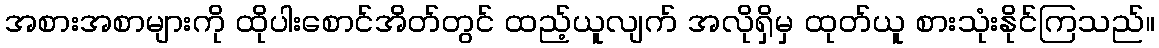
အစားအစာများကို ထိုပါးစောင်အိတ်တွင် ထည့်ယူလျက် အလိုရှိမှ ထုတ်ယူ စားသုံးနိုင်ကြသည်။